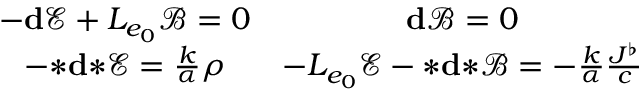
\begin{array} { c c } { - \mathbf { d } \mathscr { E } + L _ { e _ { 0 } } \mathscr { B } = 0 } & { \mathbf { d } \mathscr { B } = 0 } \\ { - { \boldsymbol { * } } \mathbf { d } { \boldsymbol { * } } \mathscr { E } = \frac { k } { \alpha } \rho } & { - L _ { e _ { 0 } } \mathscr { E } - { \boldsymbol { * } } \mathbf { d } { \boldsymbol { * } } \mathscr { B } = - \frac { k } { \alpha } \frac { \boldsymbol { J ^ { \flat } } } { c } } \end{array}